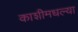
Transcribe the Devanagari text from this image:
काशीमधल्या